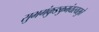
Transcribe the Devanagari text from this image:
सुभगंकुङकुमंयस्यसुते